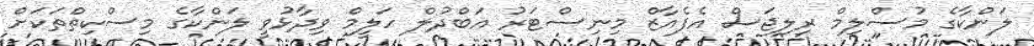
ލަންކާގެ މުސްލިމް ރިލިޖަސް އެފެެއާޒް މިނިސްޓަރު އަބްދުލް ހަލީމް ވިދާޅުވީ ލަންކާގެ މިސްކިތްތަކަށް